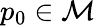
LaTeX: p_{0}\in\mathcal{M}